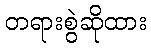
တရားစွဲဆိုထား